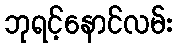
ဘုရင့်နောင်လမ်း